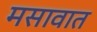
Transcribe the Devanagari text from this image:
मसावात